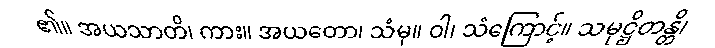
၏။ အယသာတိ၊ ကား။ အယတော၊ သံမှ။ ဝါ၊ သံကြောင့်။ သမုဋ္ဌိတန္တိ၊